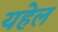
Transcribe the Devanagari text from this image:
यहेल